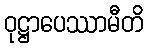
ဝုဋ္ဌာပေဿာမီတိ